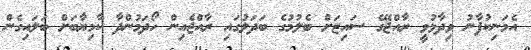
އެމަނިކުފާނު ވިދާޅުވީ ރާއްޖޭގެ ސައިޒަށް ބެލުމުގެ ބަދަލުގައި ރާއްޖެއިން ހޯދަމުންދާ ކާމިޔާބަށް ބަލައިގެން